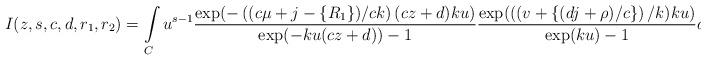
LaTeX: \begin{align*}I(z,s,c,d,r_{1},r_{2}) =\int\limits_{C}u^{s-1}\frac{\exp(-\left((c\mu+j-\left\{ R_{1}\right\} )/ck\right) (cz+d)ku)}{\exp(-ku(cz+d))-1}\frac{\exp((\left( v+\left\{ (dj+\rho)/c\right\} \right) /k)ku)}{\exp(ku)-1}du.\end{align*}